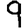
Digit: 9